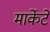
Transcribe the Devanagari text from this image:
मार्केटे